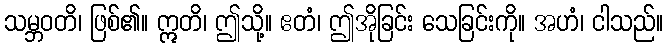
သမ္ဘဝတိ၊ ဖြစ်၏။ ဣတိ၊ ဤသို့။ ဧတံ၊ ဤအိုခြင်း သေခြင်းကို။ အဟံ၊ ငါသည်။